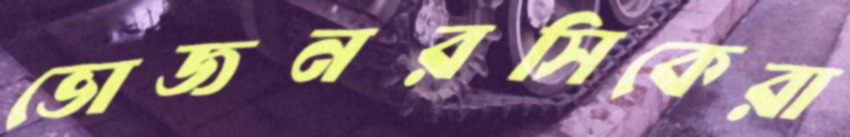
ভোজনরসিকেরা